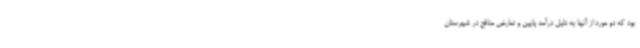
بود که دو مورد از آنها به دلیل درآمد پایین و تعارض منافع در شهرستان